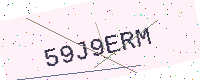
Text: 59J9ERM